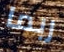
ربما